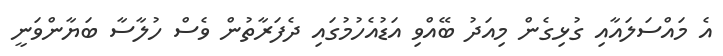
އެ މައްސަލައާއި ގުޅިގެން މިއަދު ބޭއްވި އަޑުއެހުމުގައި ދެފަރާތުން ވެސް ހުލާސާ ބަޔާންވަނީ